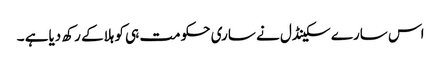
اس سارے سکینڈل نے ساری حکومت ہی کو ہلاکے رکھ دیاہے ۔